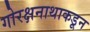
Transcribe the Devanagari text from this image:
गोरक्षनाथाकडून